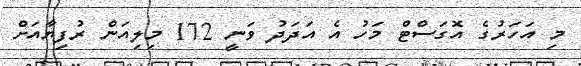
މި އަހަރުގެ އޮގަސްޓް މަހު އެ އަދަދު ވަނީ 172 މިލިއަން ރުފިޔާއަށް